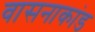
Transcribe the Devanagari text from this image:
वासनाकांड